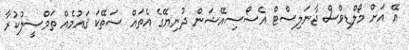
އޭ އަށް މޯލްޑިވްސް ޖާނަލިސްޓް އެސޯސިއޭޝަން ދުނިޔޭގެ އެތައް ސަތޭކަ ޤައުމެއް ތަމްސީލުކުރާ